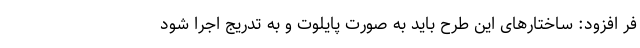
فر افزود: ساختارهای این طرح باید به صورت پایلوت و به تدریج اجرا شود